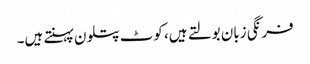
فرنگی زبان بولتے ہیں، کوٹ پتلون پہنتے ہیں۔